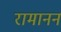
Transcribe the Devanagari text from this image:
रामानन